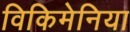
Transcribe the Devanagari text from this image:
विकिमेनिया